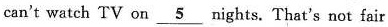
can't watch TV on \underline{5} nights. That's not fair